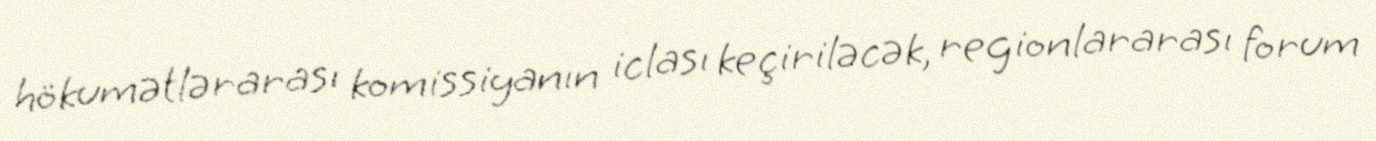
hökumətlərarası komissiyanın iclası keçiriləcək, regionlararası forum